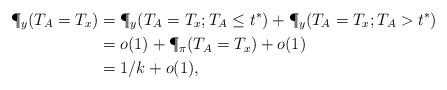
LaTeX: \begin{align*} \P_y(T_A = T_x) & = \P_y(T_A = T_x; T_A \le t^*) + \P_y(T_A =T_x; T_A > t^*)\\ & = o(1) + \P_\pi( T_A = T_x) +o(1)\\ & = 1/k + o(1), \end{align*}